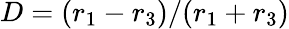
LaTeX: D=(r_{1}-r_{3})/(r_{1}+r_{3})